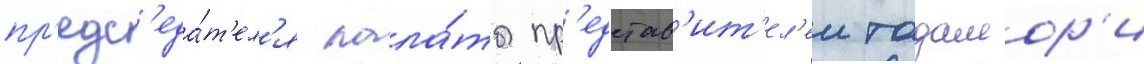
пр'едс'еда́т'ел'я пала́ты пр'едстав'ит'ел'еи тадамор'и